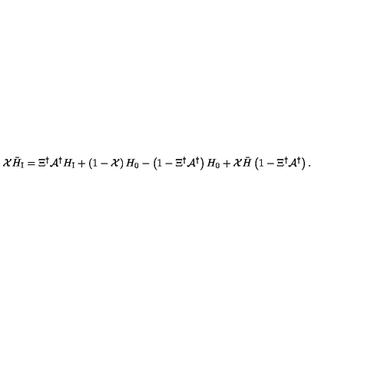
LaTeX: { \cal X } { \bar { H } } _ { \mathrm { \scriptsize I } } = \Xi ^ { \dagger } { \cal A } ^ { \dagger } H _ { \mathrm { \scriptsize I } } + \left( 1 - { \cal X } \right) H _ { 0 } - \left( 1 - \Xi ^ { \dagger } { \cal A } ^ { \dagger } \right) H _ { 0 } + { \cal X } { \bar { H } } \left( 1 - \Xi ^ { \dagger } { \cal A } ^ { \dagger } \right) .